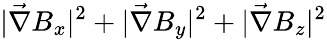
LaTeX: |\vec{\nabla}B_{x}|^{2}+|\vec{\nabla}B_{y}|^{2}+|\vec{\nabla}B_{z}|^{2}